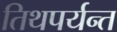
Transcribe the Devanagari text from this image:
तिथपर्यन्त